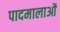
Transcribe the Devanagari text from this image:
पादमालाओं